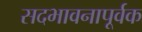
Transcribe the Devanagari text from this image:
सदभावनापूर्वक